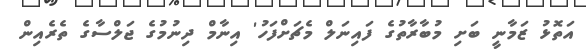
އަތޮޅު ޒަމާނީ ބަށި މުބާރާތުގެ ފައިނަލް މެޗަށްފަހު' އިނާމް ދިނުމުގެ ޖަލްސާގެ ތެރެއިން